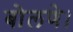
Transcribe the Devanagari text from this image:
बोलणे।